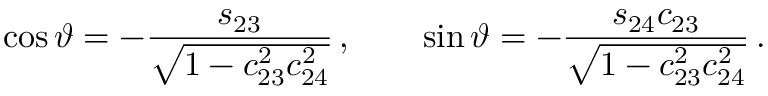
\cos \vartheta = - \frac { s _ { 2 3 } } { \sqrt { 1 - c _ { 2 3 } ^ { 2 } c _ { 2 4 } ^ { 2 } } } \, , \qquad \sin \vartheta = - \frac { s _ { 2 4 } c _ { 2 3 } } { \sqrt { 1 - c _ { 2 3 } ^ { 2 } c _ { 2 4 } ^ { 2 } } } \, .